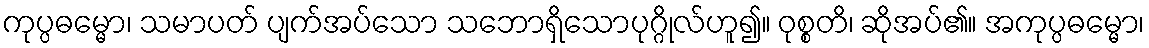
ကုပ္ပဓမ္မော၊ သမာပတ် ပျက်အပ်သော သဘောရှိသောပုဂ္ဂိုလ်ဟူ၍။ ဝုစ္စတိ၊ ဆိုအပ်၏။ အကုပ္ပဓမ္မော၊